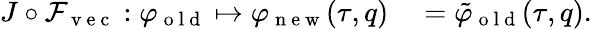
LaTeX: \begin{array}{rl}{J\circ\mathcal{F}_{\mathrm{~v~e~c~}}:\varphi_{\mathrm{~o~l~d~}}\mapsto\varphi_{\mathrm{~n~e~w~}}(\tau,q)}&{{}=\tilde{\varphi}_{\mathrm{~o~l~d~}}(\tau,q).}\end{array}